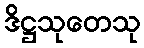
ဒိဋ္ဌသုတေသု